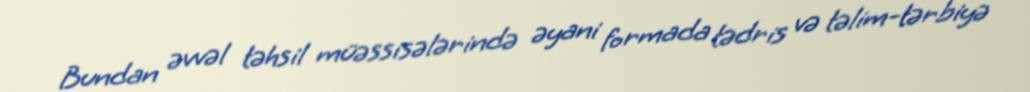
Bundan əvvəl təhsil müəssisələrində əyani formada tədris və təlim-tərbiyə